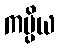
ကပ္ပိယ